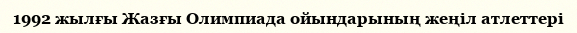
1992 жылғы Жазғы Олимпиада ойындарының жеңіл атлеттері